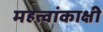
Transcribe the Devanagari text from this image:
महत्वांकाक्षी